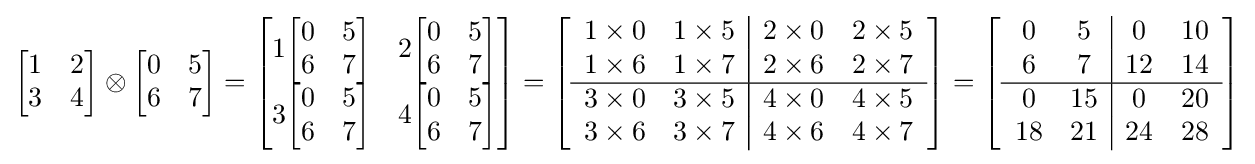
{\begin{bmatrix}1&2\\3&4\\\end{bmatrix}}\otimes {\begin{bmatrix}0&5\\6&7\\\end{bmatrix}}={\begin{bmatrix}1{\begin{bmatrix}0&5\\6&7\\\end{bmatrix}}&2{\begin{bmatrix}0&5\\6&7\\\end{bmatrix}}\\3{\begin{bmatrix}0&5\\6&7\\\end{bmatrix}}&4{\begin{bmatrix}0&5\\6&7\\\end{bmatrix}}\\\end{bmatrix}}=\left[{\begin{array}{cc|cc}1\times 0&1\times 5&2\times 0&2\times 5\\1\times 6&1\times 7&2\times 6&2\times 7\\\hline 3\times 0&3\times 5&4\times 0&4\times 5\\3\times 6&3\times 7&4\times 6&4\times 7\\\end{array}}\right]=\left[{\begin{array}{cc|cc}0&5&0&10\\6&7&12&14\\\hline 0&15&0&20\\18&21&24&28\end{array}}\right]